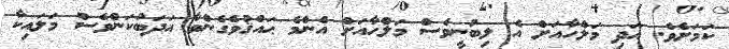
ކަމަށެވެ. އަދި މަލްހާއަށް އެ ލިބުނީވެސް މަލްހާއަށް އެންމެ ޙައްޤުވެގެންވާ އަދަބުކަންވެސް މަލައިކާ